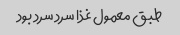
طبق معمول غذا سرد سرد بود